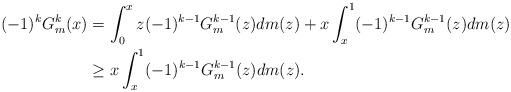
LaTeX: \begin{align*} (-1)^{k}G^{k}_m(x) &= \int_{0}^{x}z(-1)^{k-1}G^{k-1}_m(z) dm(z) + x \int_{x}^{1}(-1)^{k-1}G^{k-1}_m(z) dm(z) \\ &\geq x \int_{x}^{1}(-1)^{k-1}G^{k-1}_m(z) dm(z). \end{align*}